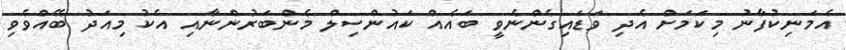
އެމަނިކުފާނު މިކަމަށް އެދި ވަޑައިގެންނެވީ ބައެއް ކައުންސިލް މެންބަރުންނާއި އެކު މިއަދު ބޭއްވެވި